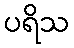
ပရိသ